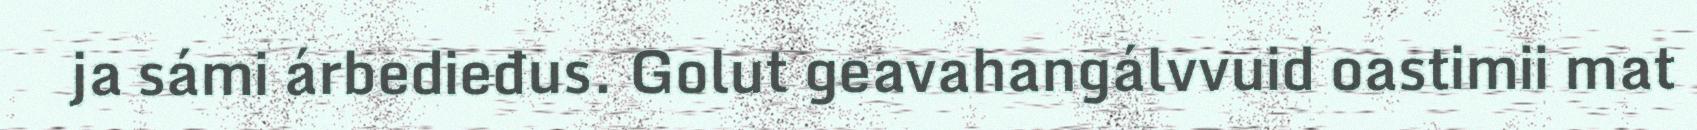
ja sámi árbedieđus. Golut geavahangálvvuid oastimii mat